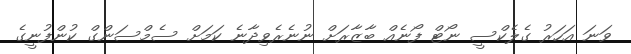
ވަނަ އަހަރު ގެލެކްސީ ނޯޓް ފޯނެއް ބާޒާރަށް ނުނެރެވިދާނެ ކަމަށް ސެމްސަންގް ކުންފުނީގެ